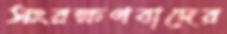
সংরক্ষণবাদের